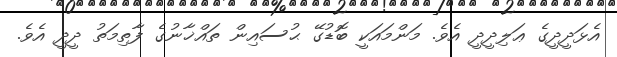
އެޅަދީދީގެ ޢަލިދީދީ އެވެ. މަންމައަކީ ބޮޑުގޭ ޙުސައިން ތައްޚާނުގެ ފާތިމަތު ދީދީ އެވެ.